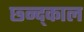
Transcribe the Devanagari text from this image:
छ्न्द्काल